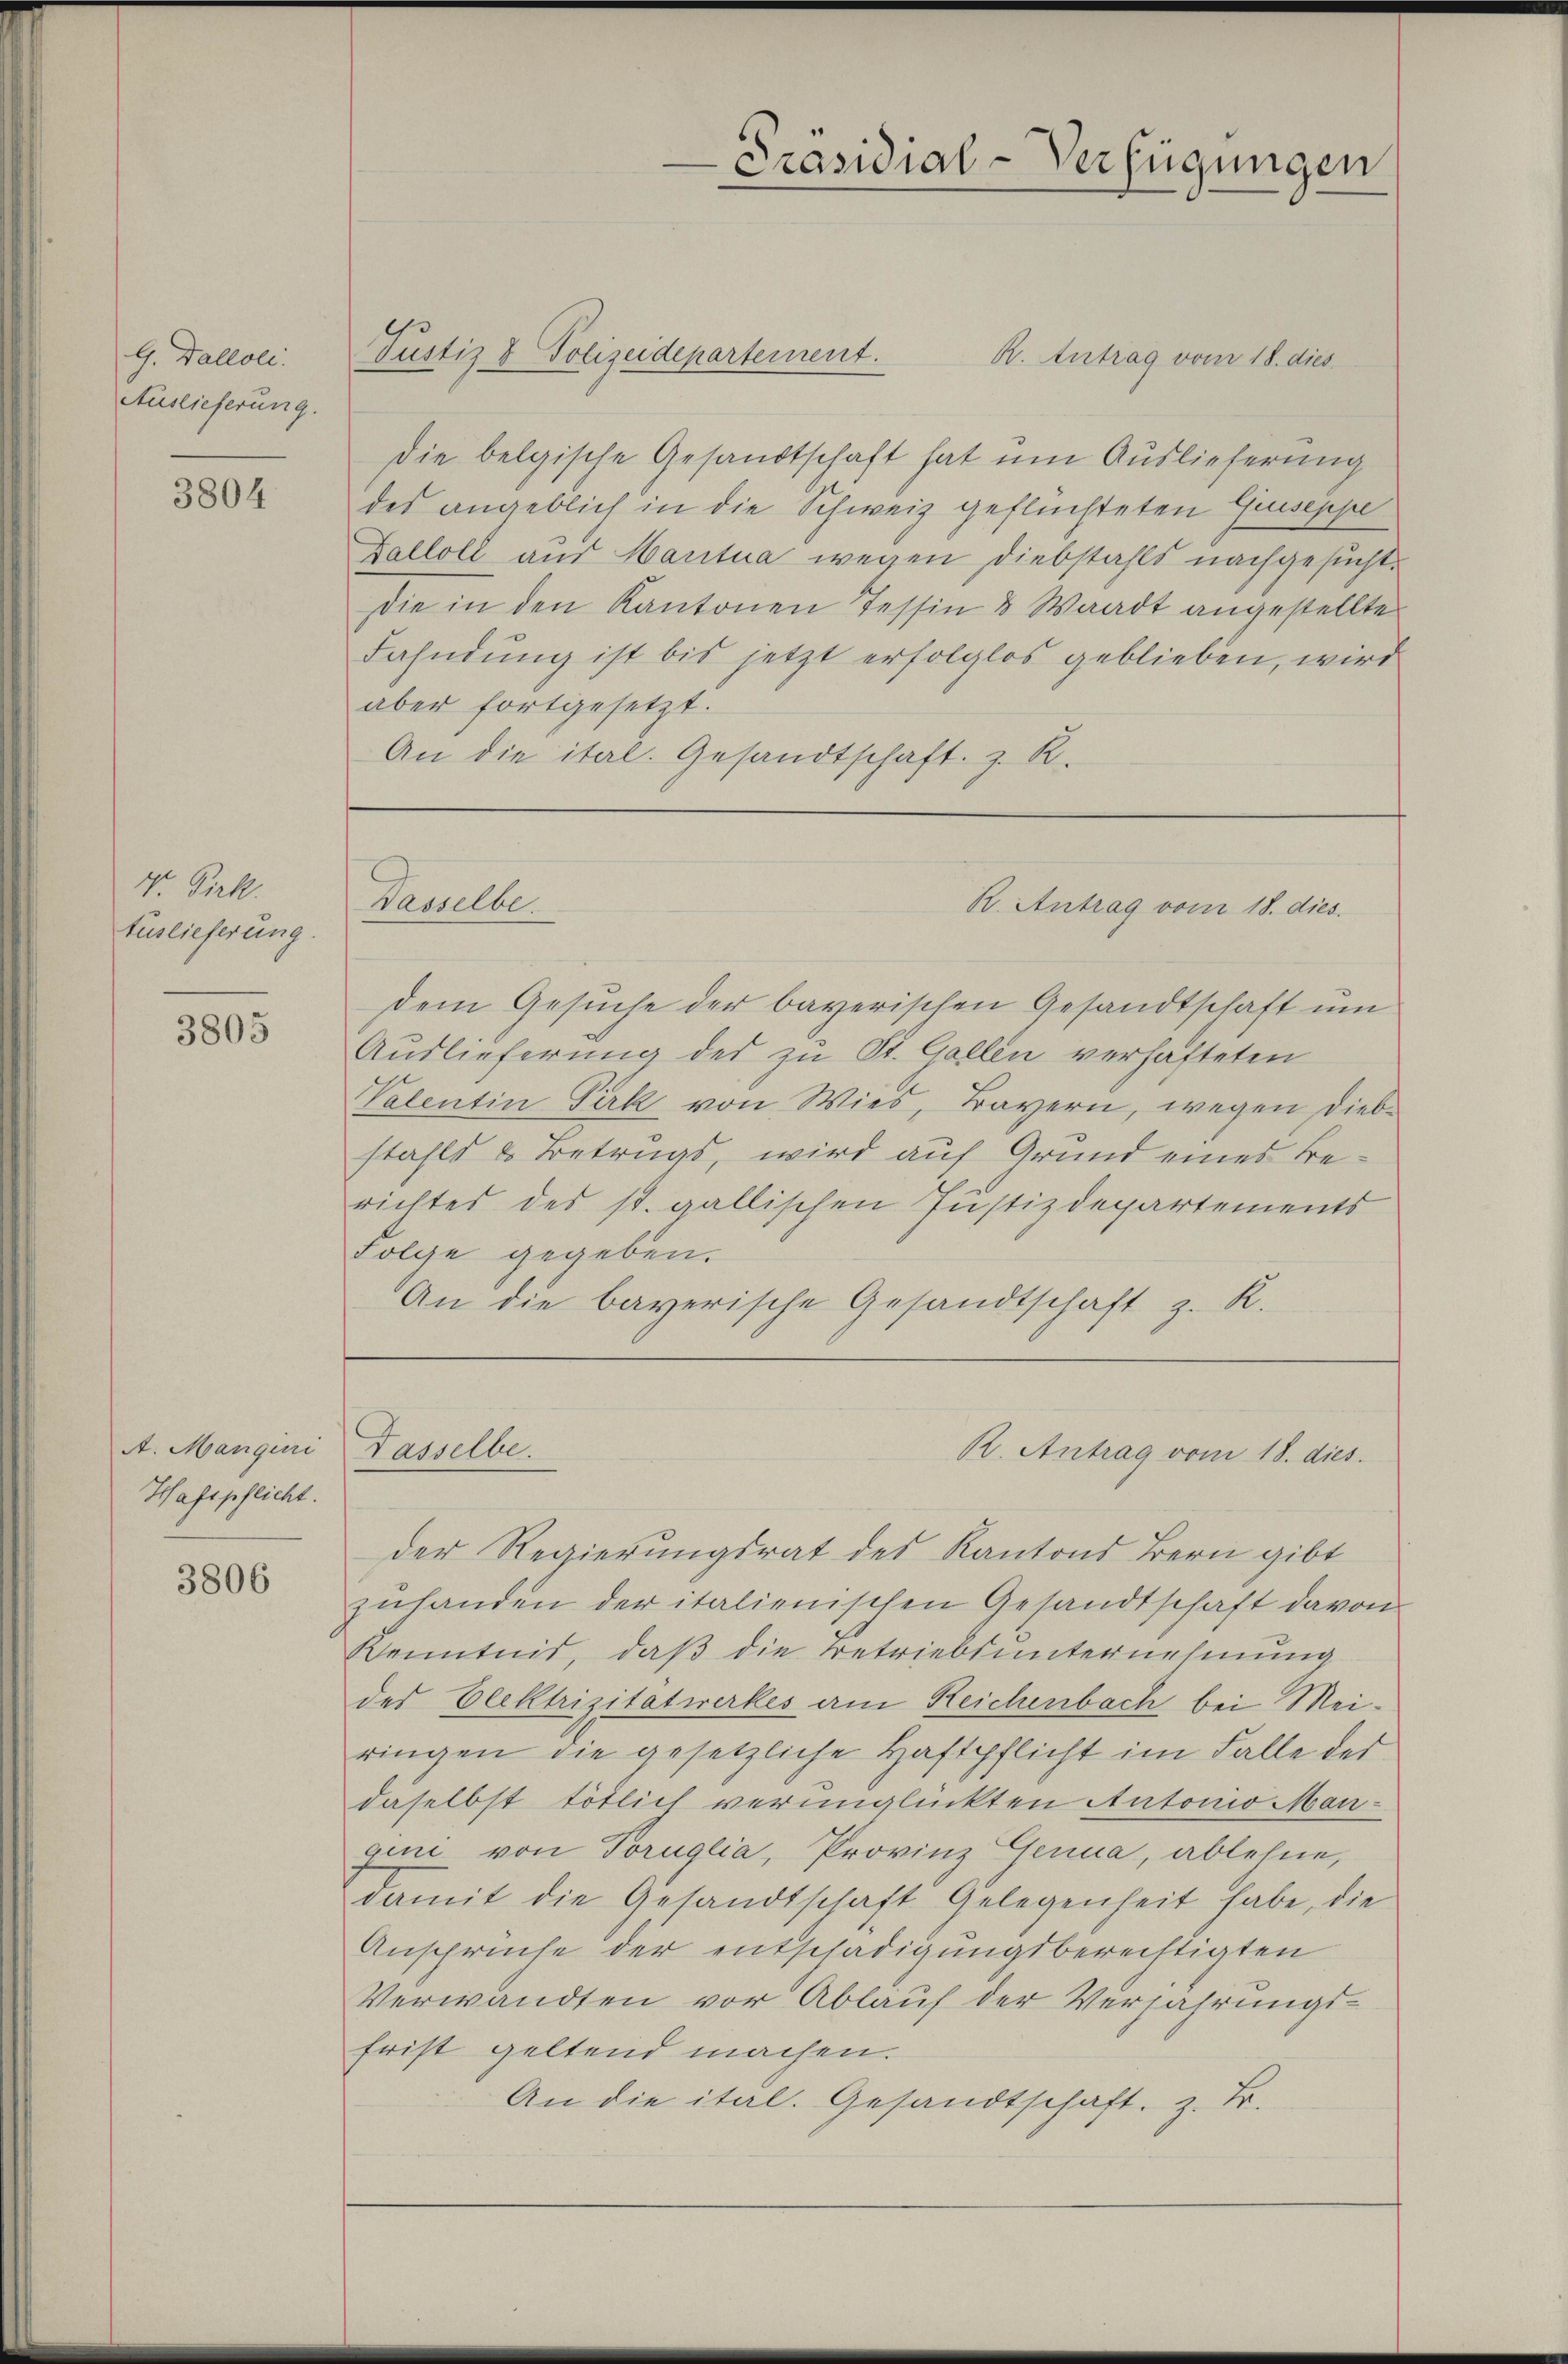
G. Dallole.
Auslieferung.

3804

V. Dirk.
Auslieferung.

3805

A. Mangini
Haftpflicht.

3806

R. Antrag vom 18. dies
die belgische Gesandtschaft hat um Auslieferung
des angeblich in die Schweiz geflüchteten Guiseppe
Galloll aus Mantua wegen Diebstahls nachgesucht.
Die in den Kantonen Tessin & Waadt angestellte
Fahndung ist bis jetzt erfolglos geblieben, wird
aber fortgesetzt.
An die ital. Gesandtschaft z. R.

Wasselbe

dem Gesŭche der bayerischen Gesandtschaft ŭm
Auslieferung der zu St. Gallen verhafteten
Valentin Pirk von Wies, Bayern, wegen Diebstahls & Betrugs, wird auf Grund eines Berichtes des st. gallischen Justizdepartements
Folge gegeben.
An die bayerische Gesandtschaft z. R.

Tasselbe.

-Präsidial-Verfügungen

Justiz & Polizeidepartement.

R. Antrag vom 18. dies

R. Antrag vom 18. dies

der Regierungsrat des Kantons Bern gibt
zŭhanden der italienischen Gesandtschaft davon
Kenntnis, daß die Betriebsunternehmung
des Elektrizitatwerkes am Reichenbach bei Meiringen die gesetzliche Haftpflicht im Falle der
daselbst tötlich verunglückten Antonio Mangen von Toruglia, Provinz Genua, ablehne,
damit die Gesandtschaft Gelegenheit habe, die
Ansprüche der entschädigungsberechtigten
Verwandten vor Ablauf der Verfahrungs-
frist geltend machen.
An die ital. Gesandtschaft, z. Fr.